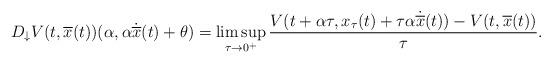
LaTeX: \begin{align*}D_{\downarrow} V (t,\overline{x}(t))(\alpha,\alpha \dot{\overline{x}}(t)+ \theta)= \limsup_{\tau \rightarrow 0^+} \frac{V(t+\alpha \tau, x_\tau(t)+ \tau \alpha \dot{\overline{x}}(t)) - V(t, \overline{x}(t))}{\tau}.\end{align*}